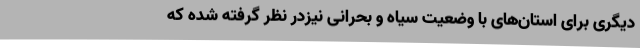
دیگری برای استان‌های با وضعیت سیاه و بحرانی نیزدر نظر گرفته شده که